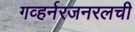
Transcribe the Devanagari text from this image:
गव्हर्नरजनरलची